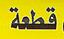
قطعة